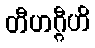
တီဟဂ္ဂီဟိ